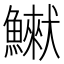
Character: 𩻿